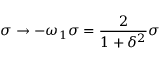
\sigma \rightarrow - \omega _ { 1 } \sigma = \frac { 2 } { 1 + \delta ^ { 2 } } \sigma